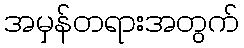
အမှန်တရားအတွက်